Indian journal of veterinary science and animal husbandry - Volume 14,
Year: 1944
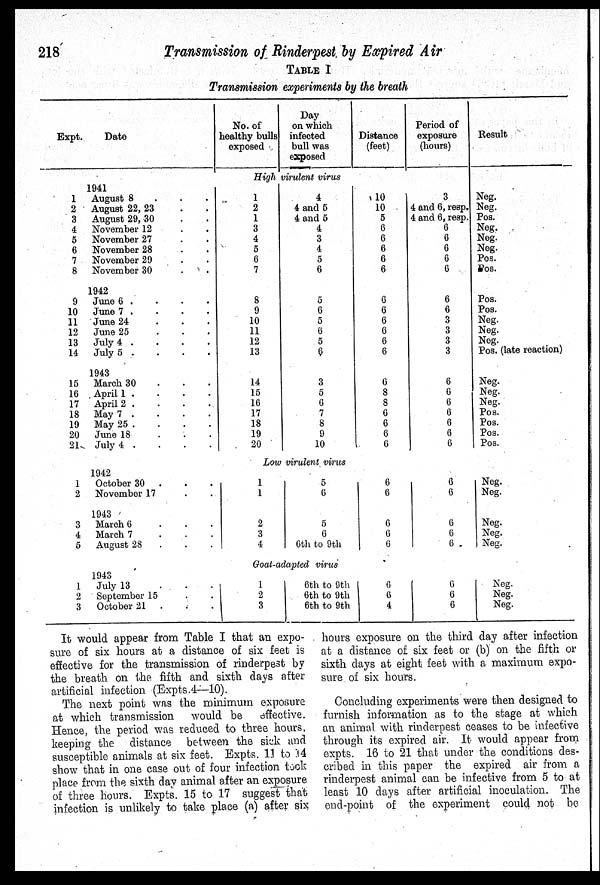
218
Transmission of Rinderpest by Expired Air
TABLE I
Transmission experiments by the breath
Expt.
1
2
3
4
5
6
7
8
9
10
11
12
13
14
15
16
17
18
19
20
21
1
2
3
4
5
1
2
3
Date
1941
August 8 . . .
August 22, 23 . .
August 29, 30 . .
November 12 . .
November 27 . .
November 28 . .
November 29 . .
November 30 . .
1942
June 6 . . . .
June 7 . . . .
June 24 . . .
June 25
.
.
.
July 4 . . . .
July 5 . . . .
1943
March 30 . . .
April 1 . . . .
April 2 . . . .
May 7 . . . .
May 25 . . . .
June 18
.
.
.
July 4 . . . .
1942
October 30 . . .
November 17 . .
1943
March 6
.
.
.
March 7 . . .
August 28 . . .
1943
July 13 . . .
September 15 . .
October 21 . . .
No. of
healthy bulls
exposed
Day
on which
infected
bull was
exposed
High virulent virus
1
2
1
3
4
5
6
7
8
9
10
11
12
13
14
15
16
17
18
19
20
4
4 and 5
4 and 5
4
3
4
5
6
5
6
5
6
5
6
3
5
6
7
8
9
10
Low virulent virus
1
1
2
3
4
5
6
5
6
6th to 9th
Goat-adapted virus
1
2
3
6th to 9th
6th to 9th
6th to 9th
Distance
(feet)
10
10
5
6
6
6
6
6
6
6
6
6
6
6
6
8
8
6
6
6
6
6
6
6
6
6
6
6
4
Period of
exposure
(hours)
3
4 and 6, resp.
4 and 6, resp.
6
6
6
6
6
6
6
3
3
3
3
6
6
6
6
6
6
6
6
6
6
6
6
6
6
6
Result
Neg.
Neg.
Pos.
Neg.
Neg.
Neg.
Pos.
Pos.
Pos.
Pos.
Neg.
Neg.
Neg.
Pos. (late reaction)
Neg.
Neg.
Neg.
Pos.
Pos.
Pos.
Pos.
Neg.
Neg.
Neg.
Neg.
Neg.
Neg.
Neg.
Neg.
It would appear from Table I that an expo-
sure of six hours at a distance of six feet is
effective for the transmission of rinderpest by
the breath on the fifth and sixth days after
artificial infection (Expts. 4—10).
The next point was the minimum exposure
at which transmission
would be
effective.
Hence, the period was reduced to three hours,
keeping the distance between the sick and
susceptible animals at six feet. Expts. 11 to 14
show that in one case out of four infection took
place from the sixth day animal after an exposure
of three hours. Expts. 15 to 17 suggest that
infection is unlikely to take place (a) after six
hours exposure on the third day after infection
at a distance of six feet or (b) on the fifth or
sixth days at eight feet with a maximum expo-
sure of six hours.
Concluding experiments were then designed to
furnish information as to the stage at which
an animal with rinderpest ceases to be infective
through its expired air. It would appear from
expts. 16 to 21 that under the conditions des-
cribed in this paper the expired air from a
rinderpest animal can be infective from 5 to at
least 10 days after artificial inoculation. The
end-point of the experiment could not be